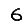
Digit: 6